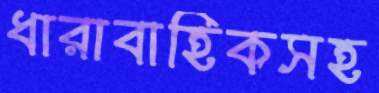
ধারাবাহিকসহ